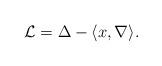
LaTeX: \begin{align*}\mathcal{L} = \Delta - \langle x,\nabla \rangle.\end{align*}